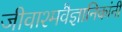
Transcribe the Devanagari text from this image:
जीवाश्मवैज्ञानिकांनी